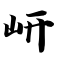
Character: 岍